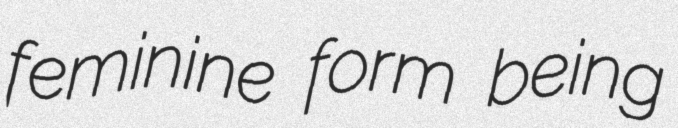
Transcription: feminine form being